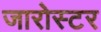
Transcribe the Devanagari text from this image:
जारोस्टर